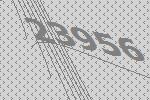
23956